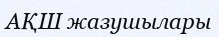
АҚШ жазушылары